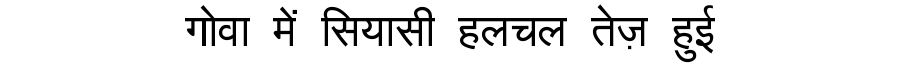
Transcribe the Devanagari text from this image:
गोवा में सियासी हलचल तेज़ हुई